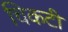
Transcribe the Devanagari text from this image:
चिकटी